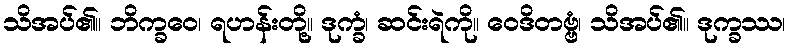
သိအပ်၏။ ဘိက္ခဝေ၊ ရဟန်းတို့။ ဒုက္ခံ၊ ဆင်းရဲကို။ ဝေဒိတဗ္ဗံ၊ သိအပ်၏။ ဒုက္ခဿ၊